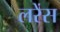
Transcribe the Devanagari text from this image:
लरेंस